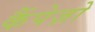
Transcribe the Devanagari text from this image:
कैंपेज़ो